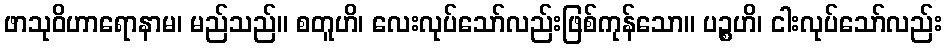
ဖာသုဝိဟာရောနာမ၊ မည်သည်။ စတူဟိ၊ လေးလုပ်သော်လည်းဖြစ်ကုန်သော။ ပဉ္စဟိ၊ ငါးလုပ်သော်လည်း